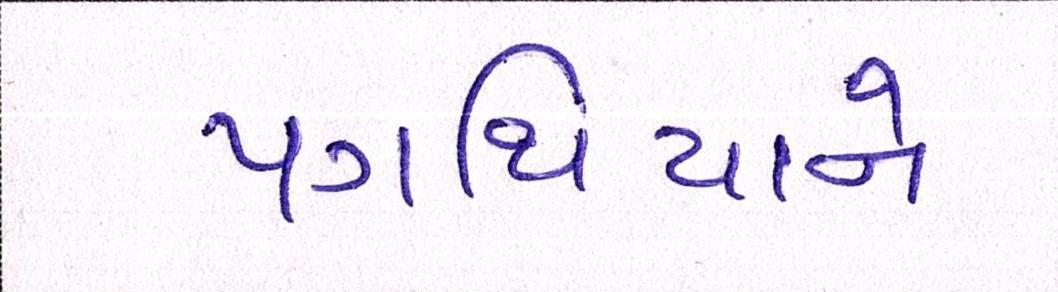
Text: પગથિયાને